Materia medica of Madras volume I
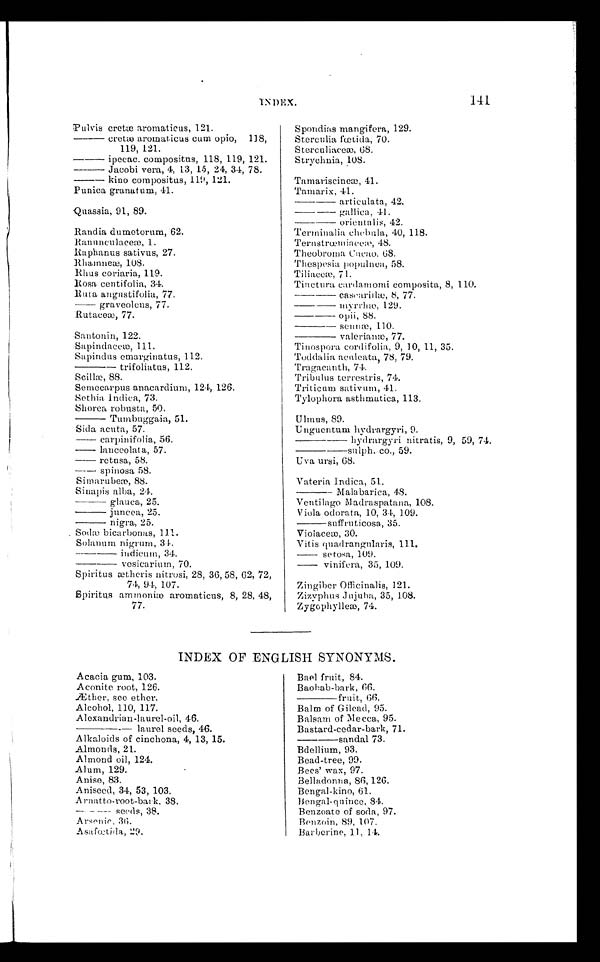
INDEX.
141
Pulvis cretæ aromaticus, 121.
——————cretæ aromaticus cum opio, 118,
119, 121.
ipecac. compositus, 118, 119, 121.
Jacobi vera, 4, 13, 15, 24, 34, 78.
kino compositus, 119, 121.
Punica granat um, 41.
Quassia, 91, 89.
Randia dumetorum, 62.
Banunculticeæ, 1.
Riaphanus sativus, 27.
Rhamneæ, 108.
Rhus coriaria, 119.
Rosa centifolia, 34.
Ruta angustifolia, 77.
—————— graveolens, 77.
Rutaceæ, 77.
Santonin, 122.
Sapindaceæ, 111.
Sapindus emarginatus, 112.
trifoliatus, 112.
Scillæ, 88.
Semecarpus anacardium, 124, 126.
Sethia Indica, 73.
Shorea robusta, 50.
—————— Tumbuggaia, 51.
Sida acuta, 57.
——————carpinifolia, 56.
——————lanceolata, 57.
——————ret usa, 58.
——————spinosa 58.
Simarubeæ, 88.
Sinapis alba, 24.
——————glauca, 25.
—————— juncea, 25.
—————— nigra, 25.
Sodæ bicarbonas, 111.
Solanum nigrum, 34.
—————— i ndi cum, 34.
—————— vesicarium, 70.
Spiritus ætheris nitrosi, 28, 36, 58, 62, 72,
74, 94, 107.
Spiritus ammoniæ aromaticus, 8, 28, 48,
77.
Spondias mangifera, 129.
Sterculia fœtida, 70.
Stereuliaceæ, 68.
Strychnia, 108.
Tamariscineæ, 41.
Tamarix, 41.
—————— articulata, 42.
gallica, 41.
—————— orientalis, 42.
Terminalia chebula, 40, 118.
Ternstræmiaceæ, 48.
Theobroma Cacao, 68.
Thespesia populnea, 58.
Tiliaceæ, 71.
Tinctura cardamomi composita, 8, 110.
—————— cascarillæ, 8, 77.
—————— myrrhæ, 129.
—————— opi i , 88.
sennæ , 110.
—————— val er i anæ, 77.
Tinospora cordifolia, 9, 10, 11, 35.
Toddalia acnleata, 78, 79.
Tragaeanth, 74.
Tribulus terrestris, 74.
Triticum sativum, 41.
Tylophora astlimatica, 113.
Ulmus, 89.
Unguemtum hydrargyri, 9.
—————— hydrargyri nitratis, 9, 59, 74.
——————sulph. co., 59.
Uva ursi, 68.
Vateria Indica, 51.
—————— Malabarica, 48.
Ventilago Madraspatana, 108.
Viola odorata, 10, 34, 109.
——————suffruticosa, 35.
Vioiaceæ, 30.
Vitis quadrangularis, 111.
—————— setosa, 109
—————— vinifera, 35, 109.
Zingiber Officinalis, 121.
Zizyphus Jujuba, 35, 108.
Zygophylleæ, 74.
INDEX OF ENGLISH SYNONYMS.
Acacia gum, 103.
Aconite root, 126.
Æther, see ether.
Alcohol, 110, 117.
Alexandrian-laurel-oil, 46.
——————laurel seeds, 46.
Alkaloids of cinchona, 4, 13, 15.
Almonds, 21.
Almond oil, 124.
Alum, 129.
Anise, 83.
Aniseed, 34, 53, 103.
Arnatto-root-bark. 38.
seeds, 38.
Arsenic, 36.
Asafætida, 29.
Bael fruit, 84.
Baobab-bark, 66.
——————fruit, 66.
Balm of Gilead, 95.
Balsam of Mecca, 95.
Bastard-cedar-bark, 71.
sandal 73.
Bdellium, 93.
Bead-tree, 99.
Bees' wax, 97.
Belladonna, 86, 126.
Bengal-kino, 61.
Bengal-qnince, 84.
Benzoate of soda, 97.
Benzoin, 89, 107.
Barberine, 11, 14.